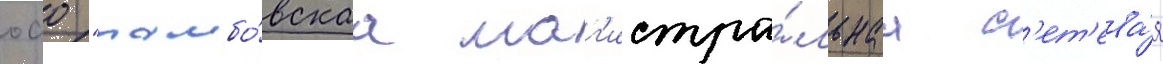
оао "тамбо́вскаа маг'истра́льнаа с'ет'ева́я